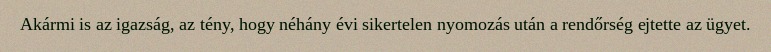
Akármi is az igazság, az tény, hogy néhány évi sikertelen nyomozás után a rendőrség ejtette az ügyet.